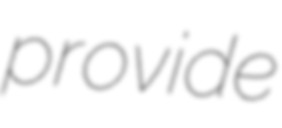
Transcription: provide